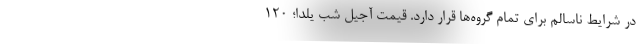
در شرایط ناسالم برای تمام گروه‌ها قرار دارد. قیمت آجیل شب یلدا؛ ۱۲۰